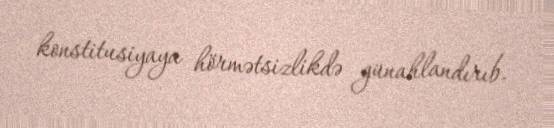
konstitusiyaya hörmətsizlikdə günahlandırıb.